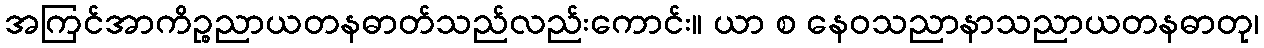
အကြင်အာကိဉ္စညာယတနဓာတ်သည်လည်းကောင်း။ ယာ စ နေဝသညာနာသညာယတနဓာတု၊